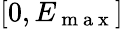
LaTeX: [0,E_{\mathrm{~m~a~x~}}]